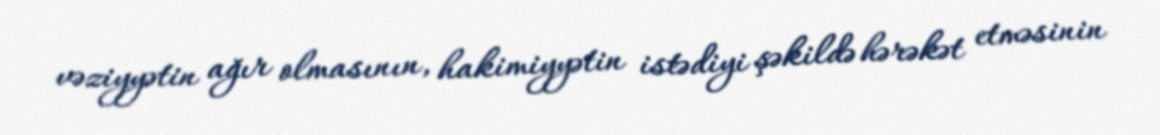
vəziyyətin ağır olmasının, hakimiyyətin istədiyi şəkildə hərəkət etməsinin